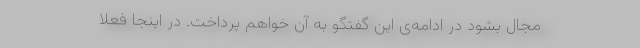
مجال بشود در ادامه‌ی این گفتگو به آن خواهم پرداخت. در اینجا فعلاً